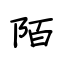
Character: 陌